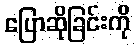
ပြောဆိုခြင်းကို